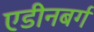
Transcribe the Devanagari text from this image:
एडीनबर्ग